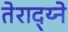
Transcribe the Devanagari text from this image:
तेराद्य्ने